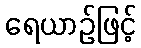
ရေယာဉ်ဖြင့်